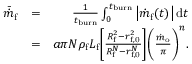
\begin{array} { r l r } { \bar { \dot { m } } _ { \mathrm { f } } } & { = } & { \frac { 1 } { t _ { \mathrm { b u r n } } } \int _ { 0 } ^ { t _ { \mathrm { b u r n } } } \left\vert \dot { m } _ { \mathrm { f } } ( t ) \right\vert \mathrm { d } t } \\ & { = } & { a \pi N \rho _ { \mathrm { f } } L _ { \mathrm { f } } \bigg [ \frac { R _ { \mathrm { f } } ^ { 2 } - r _ { \mathrm { f , 0 } } ^ { 2 } } { R _ { \mathrm { f } } ^ { N } - r _ { \mathrm { f , 0 } } ^ { N } } \bigg ] \bigg ( \frac { \dot { m } _ { \mathrm { o } } } { \pi } \bigg ) ^ { n } . } \end{array}